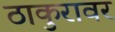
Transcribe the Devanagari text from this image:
ठाकुरावर